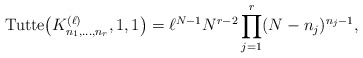
\begin{gather*}{\rm Tutte}\big(K_{n_1,\ldots,n_r}^{(\ell)},1,1\big) = \ell^{N-1} N^{r-2} \prod_{j=1}^{r} (N-n_j)^{n_j-1},\end{gather*}